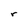
Character: r